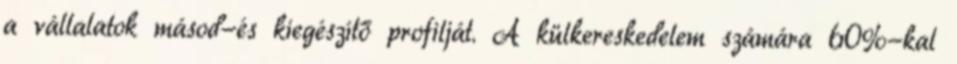
a vállalatok másod-és kiegészítő profilját. A külkereskedelem számára 60%-kal